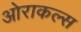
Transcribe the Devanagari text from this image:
ओराकल्स